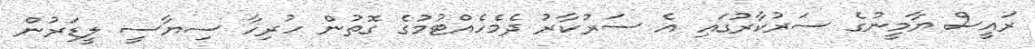
ރައީސް ޔާމީނުގެ ސަރުކާރުގައި އެ ސަރުކާރު ދެމެހެއްޓުމުގެ ގޮތުން ހުރިހާ ސިޔާސީ ލީޑަރުން